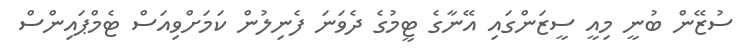
ސުޒޭން ބުނީ މިއީ ސީޒަންގައި އޭނާގެ ޓީމުގެ ދެވަނަ ފެނިލުން ކަމަށްވިއަސް ޓެމްޕައިންސް